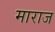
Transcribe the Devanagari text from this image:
माराज